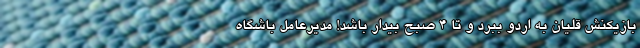
بازیکنش قلیان به اردو ببرد و تا 4 صبح بیدار باشد! مدیرعامل باشگاه